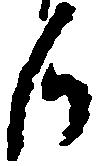
候